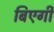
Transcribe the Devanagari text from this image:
बिएगी